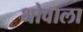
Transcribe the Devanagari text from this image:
थोवाला